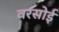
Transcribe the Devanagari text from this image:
वरसोई